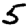
Digit: 5